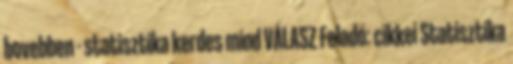
bovebben - statisztika kerdes mind VÁLASZ Feladó: cikkei Statisztika